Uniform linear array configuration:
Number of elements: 16
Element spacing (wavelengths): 0.5
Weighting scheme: uniform
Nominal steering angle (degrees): -60
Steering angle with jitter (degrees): -59.383
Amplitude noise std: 0.05
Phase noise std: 0.05

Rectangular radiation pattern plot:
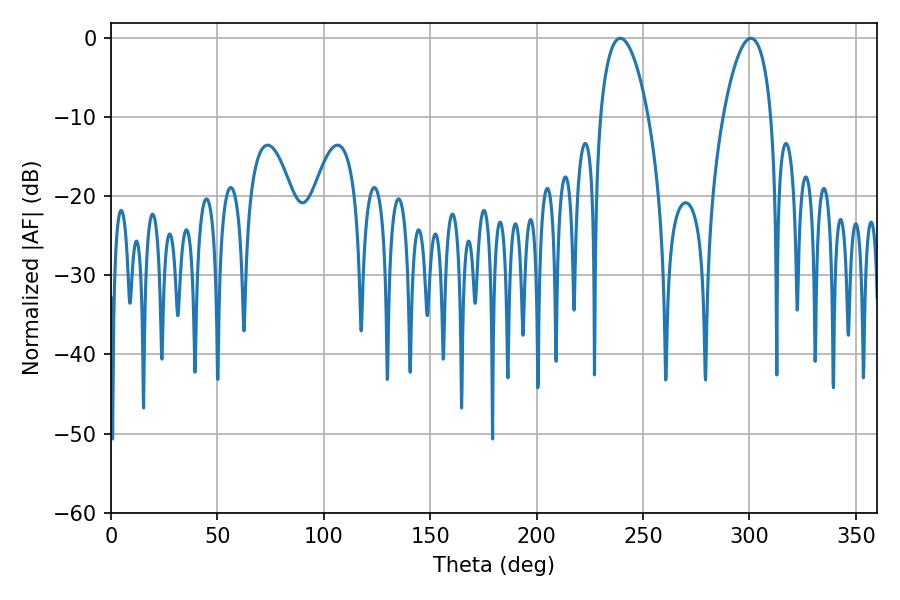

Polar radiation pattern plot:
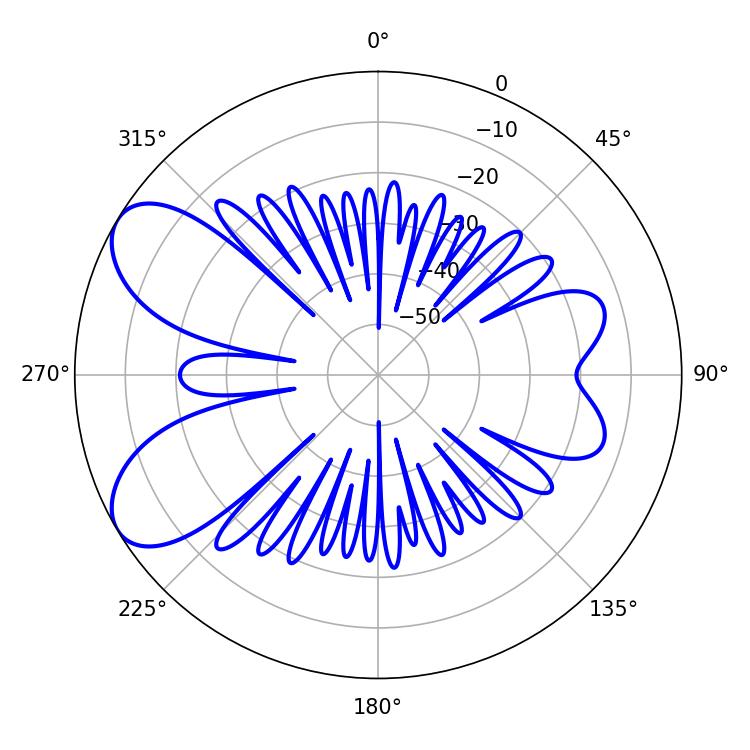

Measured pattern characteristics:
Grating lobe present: FALSE
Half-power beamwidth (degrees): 12.6
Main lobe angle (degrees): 239.22